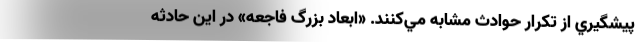
پيشگيري از تكرار حوادث مشابه مي‌كنند. «ابعاد بزرگ فاجعه» در اين حادثه